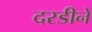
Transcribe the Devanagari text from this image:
दरडीने